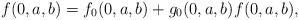
LaTeX: \begin{align*} f(0,a,b)&= f_0(0,a,b) + g_0(0,a,b) f(0,a,b), \end{align*}